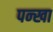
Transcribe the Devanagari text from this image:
पन्खा